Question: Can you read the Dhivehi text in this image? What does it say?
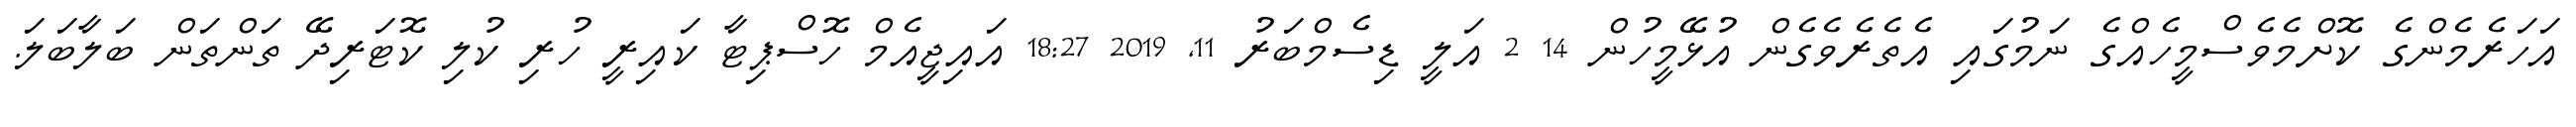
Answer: އަހަރެމެންގެ ކޮށްމެވެސްމީހެއްގެ ނަމުގައި އެތެރެވެގެން އުޅޭމީހުން 14 2 އަލީ ޑިސެމްބަރު 11, 2019 18:27 އައިޖީއެމް ހޮސްޕިޓާ ކައިރީ ހުރި ކުލި ކޮޓަރިދޭ ތަންތަން ބަލާބަލަ.